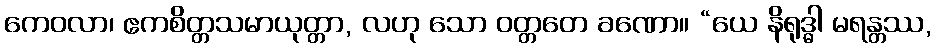
ကေဝလာ၊ ဧကစိတ္တသမာယုတ္တာ, လဟု သော ဝတ္တတေ ခဏော။ “ယေ နိရုဒ္ဓါ မရန္တဿ,